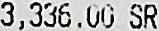
3,336.00 SR